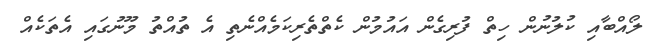
ލޯއްބާއި ކުލުނުން ހިތް ފުރިގެން އައުމުން ކެތްތެރިކަމެއްނެތި އެ ތުއްތު މޫނުގައި އެތަކެއް